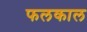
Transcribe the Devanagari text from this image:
फलकाल